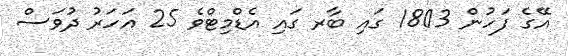
އޭގެ ފަހުން 1803 ގައި ބާރ ގައި އެޑްމިޓްވެ 25 އަހަރު ދުވަސް